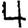
Digit: 4